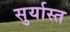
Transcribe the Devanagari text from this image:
सुर्यास्‍त